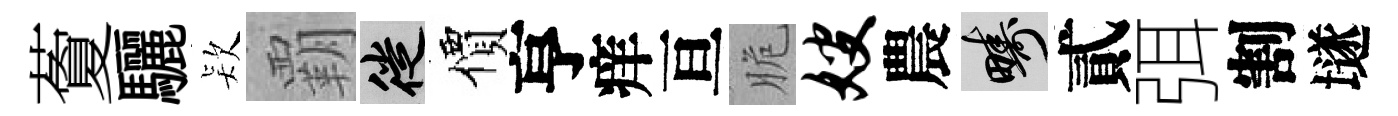
藑驪𣣇覇徙價亨痒亘脆嫂農疇貳弭割𡑞